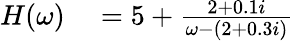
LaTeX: \begin{array}{r}{\begin{array}{rl}{H(\omega)}&{{}=5+\frac{2+0.1i}{\omega-(2+0.3i)}}\end{array}}\end{array}